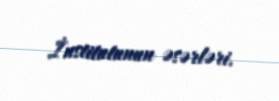
İnstitutunun əsərləri.